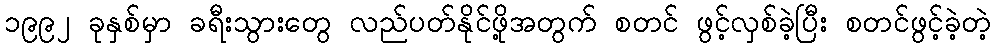
၁၉၉၂ ခုနှစ်မှာ ခရီးသွားတွေ လည်ပတ်နိုင်ဖို့အတွက် စတင် ဖွင့်လှစ်ခဲ့ပြီး စတင်ဖွင့်ခဲ့တဲ့